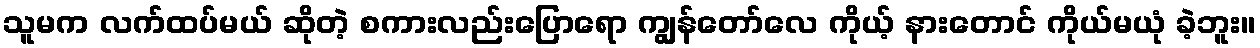
သူမက လက်ထပ်မယ် ဆိုတဲ့ စကားလည်းပြောရော ကျွန်တော်လေ ကိုယ့် နားတောင် ကိုယ်မယုံ ခဲ့ဘူး။